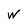
Character: W